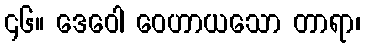
၄၆။ ဒေဝေါ ဝေဟာယသော တာရာ၊